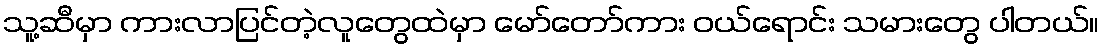
သူ့ဆီမှာ ကားလာပြင်တဲ့လူတွေထဲမှာ မော်တော်ကား ဝယ်ရောင်း သမားတွေ ပါတယ်။